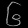
Digit: ၆